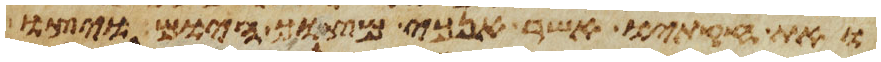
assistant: ואת חקתיו אשר אנכי מצוך היום ויצו